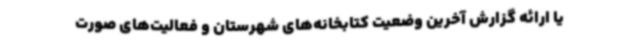
یا ارائه گزارش آخرین وضعیت کتابخانه‌های شهرستان و فعالیت‌های صورت